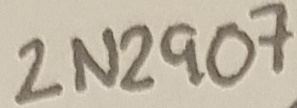
Text: 2N2907